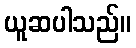
ယူဆပါသည်။